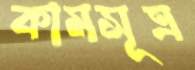
কামসূত্র